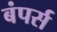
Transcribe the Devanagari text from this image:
बंपर्स